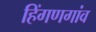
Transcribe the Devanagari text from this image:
हिंगणगांव